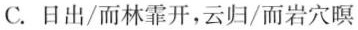
C.日出/而林霏开，云归/而岩穴暝